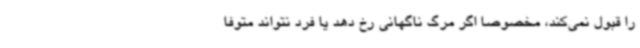
را قبول نمی‌کند، مخصوصا اگر مرگ ناگهانی رخ دهد یا فرد نتواند متوفا